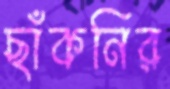
ছাঁকনির